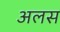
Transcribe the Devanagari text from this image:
अलस